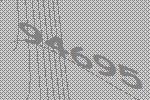
94695